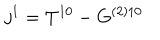
LaTeX: j ^ { 1 } = T ^ { 1 0 } - G ^ { ( 2 ) 1 0 }